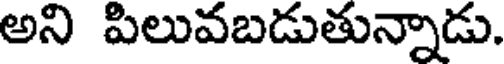
అని పిలువబడుతున్నాడు.